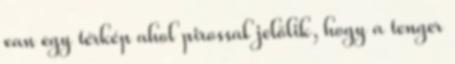
van egy térkép ahol pirossal jelölik, hogy a tenger